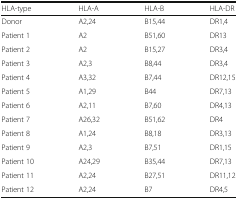
<table><thead><tr><td><b>HLA-type</b></td><td><b>HLA-A</b></td><td><b>HLA-B</b></td><td><b>HLA-DR</b></td></tr></thead><tbody><tr><td>Donor</td><td>A2,24</td><td>B15,44</td><td>DR1,4</td></tr><tr><td>Patient 1</td><td>A2</td><td>B51,60</td><td>DR13</td></tr><tr><td>Patient 2</td><td>A2</td><td>B15,27</td><td>DR3,4</td></tr><tr><td>Patient 3</td><td>A2,3</td><td>B8,44</td><td>DR3,4</td></tr><tr><td>Patient 4</td><td>A3,32</td><td>B7,44</td><td>DR12,15</td></tr><tr><td>Patient 5</td><td>A1,29</td><td>B44</td><td>DR7,13</td></tr><tr><td>Patient 6</td><td>A2,11</td><td>B7,60</td><td>DR4,13</td></tr><tr><td>Patient 7</td><td>A26,32</td><td>B51,62</td><td>DR4</td></tr><tr><td>Patient 8</td><td>A1,24</td><td>B8,18</td><td>DR3,13</td></tr><tr><td>Patient 9</td><td>A2,3</td><td>B7,51</td><td>DR1,15</td></tr><tr><td>Patient 10</td><td>A24,29</td><td>B35,44</td><td>DR7,13</td></tr><tr><td>Patient 11</td><td>A2,24</td><td>B27,51</td><td>DR11,12</td></tr><tr><td>Patient 12</td><td>A2,24</td><td>B7</td><td>DR4,5</td></tr></tbody></table>